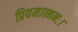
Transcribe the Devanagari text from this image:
प्रियमात्मनः।